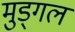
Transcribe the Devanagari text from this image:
मुड्गल